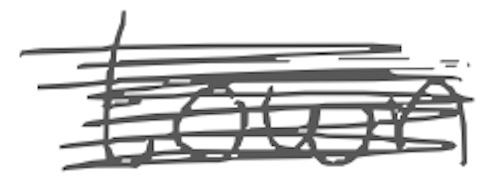
Text: town
Cross-out: scratch
Writing tool: digital_gray